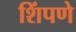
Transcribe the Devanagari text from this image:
शिंपणे